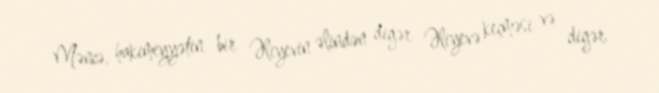
Məncə, hakimiyyətin bir Əliyevin əlindən digər Əliyevə keçməsi və digər